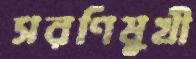
সরণিমুখী